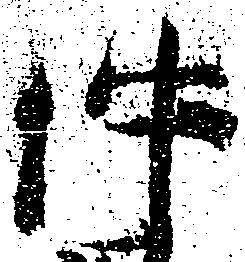
件